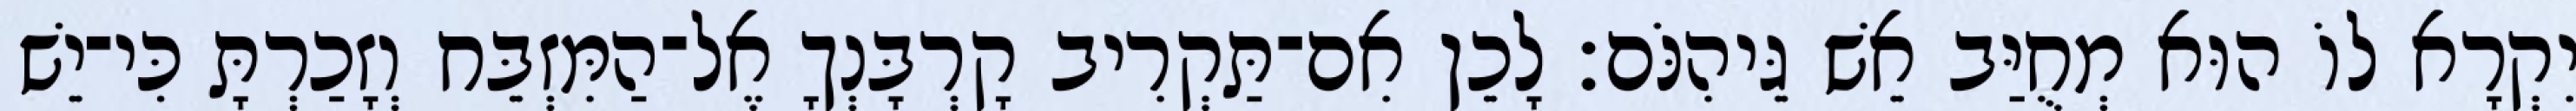
יִקְרָא לוֹ הוּא מְחֻיַּב אֵשׁ גֵּיהִנֹּם׃ לָכֵן אִם־תַּקְרִיב קָרְבָּנְךָ אֶל־הַמִּזְבֵּח וְזָכַרְתָּ כִּי־יֵשׁ